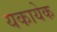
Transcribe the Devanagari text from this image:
यकायेक